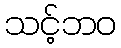
သင့်ဘဝ